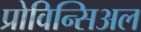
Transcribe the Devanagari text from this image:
प्रोविन्सिअल